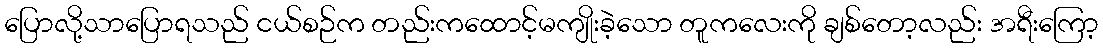
ပြောလို့သာပြောရသည် ငယ်စဉ်က တည်းကထောင့်မကျိုးခဲ့သော တူကလေးကို ချစ်တော့လည်း အရီးကြော့